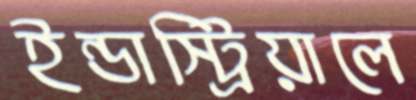
ইন্ডাস্ট্রিয়ালে